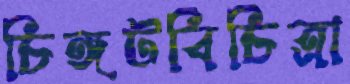
চিঙ্গটবিচিত্রা